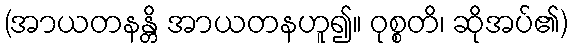
(အာယတနန္တိ အာယတနဟူ၍။ ဝုစ္စတိ၊ ဆိုအပ်၏)